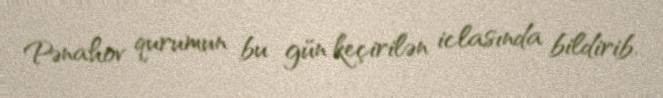
Pənahov qurumun bu gün keçirilən iclasında bildirib.